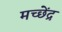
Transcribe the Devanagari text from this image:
मच्छेंद्र